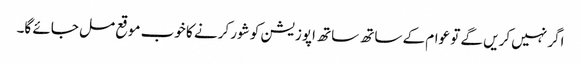
اگر نہیں کریں گے تو عوام کے ساتھ ساتھ اپوزیشن کو شور کرنے کا خوب موقع مل جائے گا۔